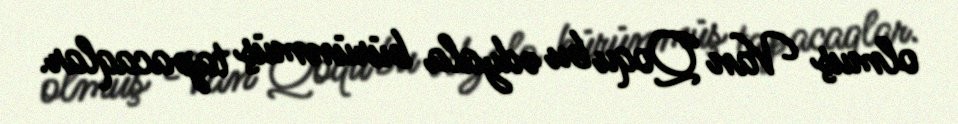
olmuş Van Qoqu bu ədyala bürünmüş tapacaqlar.